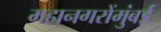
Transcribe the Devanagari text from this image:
महानगरोंमुंबई